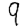
Digit: 9